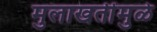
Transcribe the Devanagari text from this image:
मुलाखतींमुळे